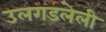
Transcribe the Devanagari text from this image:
उलगडलेली